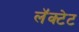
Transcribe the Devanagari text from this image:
लॅक्टेट